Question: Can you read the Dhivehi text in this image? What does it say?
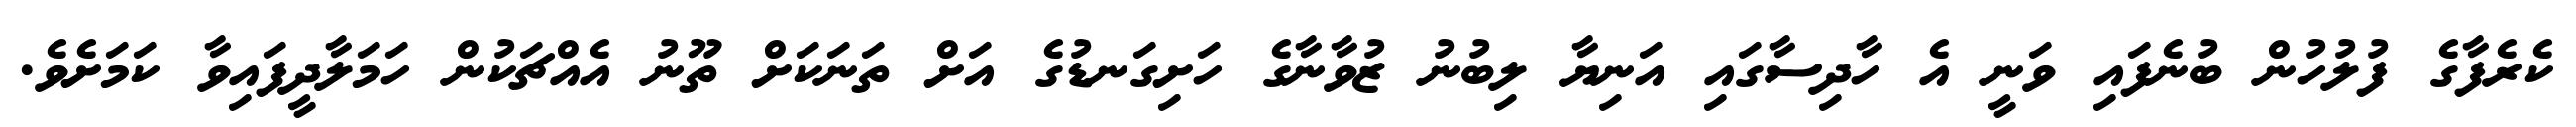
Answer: ކެރެފާގެ ފުލުހުން ބުނެފައި ވަނީ އެ ހާދިސާގައި އަނިޔާ ލިބުނު ޒުވާނާގެ ހަށިގަނޑުގެ އަށް ތަނަކަށް ތޫނު އެއްޗަކުން ހަމަލާދީފައިވާ ކަމަށެވެ.